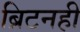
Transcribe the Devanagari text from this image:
ब्रिटनही